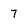
Character: 7